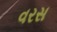
વરસ